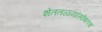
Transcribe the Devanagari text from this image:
शेततळ्यांसोबतच